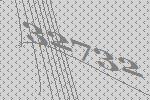
32732